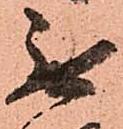
無